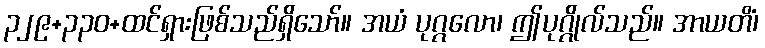
၃၂၉+၃၃၀+ထင်ရှားဖြစ်သည်ရှိသော်။ အယံ ပုဂ္ဂလော၊ ဤပုဂ္ဂိုလ်သည်။ အာယတိံ၊